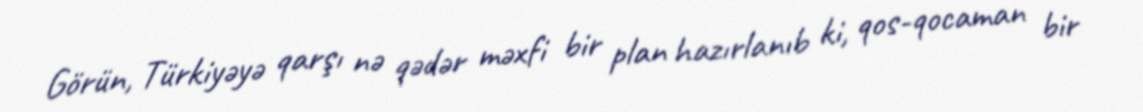
Görün, Türkiyəyə qarşı nə qədər məxfi bir plan hazırlanıb ki, qos-qocaman bir